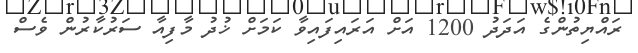
ރައްޔިތުންގެ އަދަދު 1200 އަށް އަރައިފައިވާ ކަމަށް ޚުދު މާފިއާ ސަރުކާރުން ވެސް